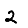
Digit: 2